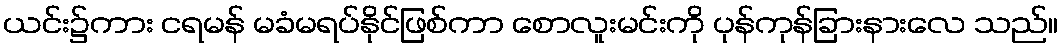
ယင်း၌ကား ငရမန် မခံမရပ်နိုင်ဖြစ်ကာ စောလူးမင်းကို ပုန်ကုန်ခြားနားလေ သည်။